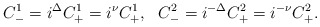
\begin{align*}C_-^1 = i^\Delta C_+^1 = i^\nu C_+^1, ~~ C_-^2 = i^{-\Delta} C_+^2=i^{-\nu}C_+^2. \end{align*}